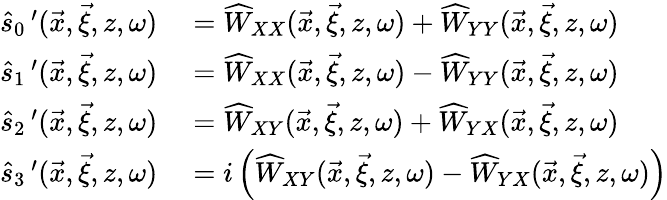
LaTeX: \begin{array}{rl}{\widehat{s}_{0}\, ^{\prime}(\vec{x},\vec{\xi},z,\omega)}&{{}=\widehat{W}_{XX}(\vec{x},\vec{\xi},z,\omega)+\widehat{W}_{YY}(\vec{x},\vec{\xi},z,\omega)}\\ {\widehat{s}_{1}\, ^{\prime}(\vec{x},\vec{\xi},z,\omega)}&{{}=\widehat{W}_{XX}(\vec{x},\vec{\xi},z,\omega)-\widehat{W}_{YY}(\vec{x},\vec{\xi},z,\omega)}\\ {\widehat{s}_{2}\, ^{\prime}(\vec{x},\vec{\xi},z,\omega)}&{{}=\widehat{W}_{XY}(\vec{x},\vec{\xi},z,\omega)+\widehat{W}_{YX}(\vec{x},\vec{\xi},z,\omega)}\\ {\widehat{s}_{3}\, ^{\prime}(\vec{x},\vec{\xi},z,\omega)}&{{}=i\left(\widehat{W}_{XY}(\vec{x},\vec{\xi},z,\omega)-\widehat{W}_{YX}(\vec{x},\vec{\xi},z,\omega)\right)}\end{array}